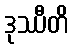
ဒုဿီတိ